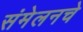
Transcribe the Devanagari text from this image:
संमेलनचे